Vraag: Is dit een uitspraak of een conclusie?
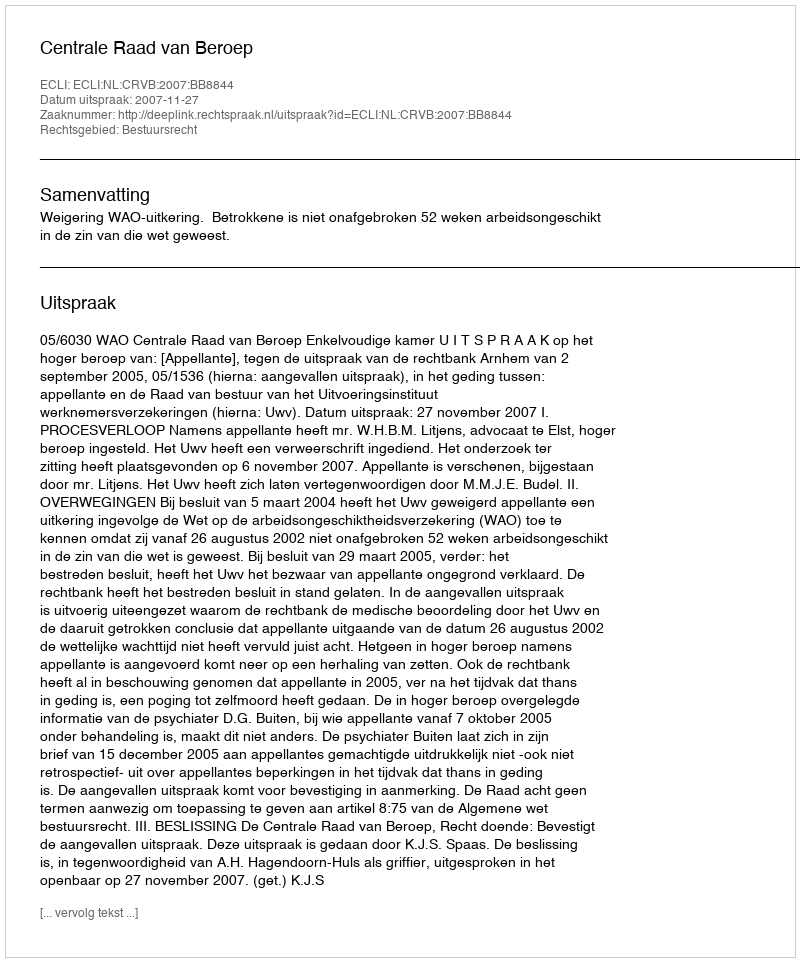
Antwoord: Uitspraak